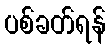
ပစ်ခတ်ရန်